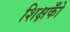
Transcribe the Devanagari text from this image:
शिक्षकोँ